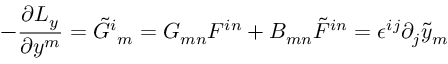
- \frac { \partial { \cal L } _ { y } } { \partial y ^ { m } } = \tilde { \cal G } ^ { i } { } _ { m } = G _ { m n } { \cal F } ^ { i n } + B _ { m n } \tilde { \cal F } ^ { i n } = \epsilon ^ { i j } \partial _ { j } \tilde { y } _ { m }